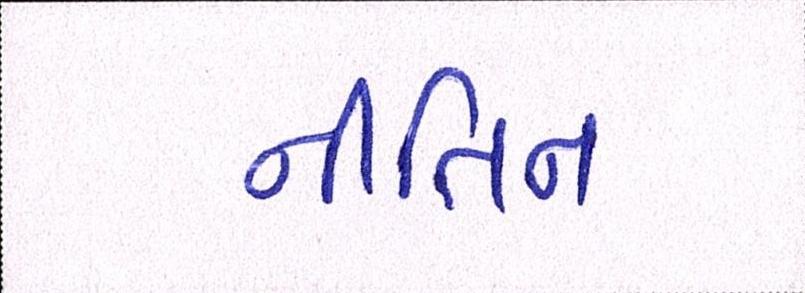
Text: નીતિન